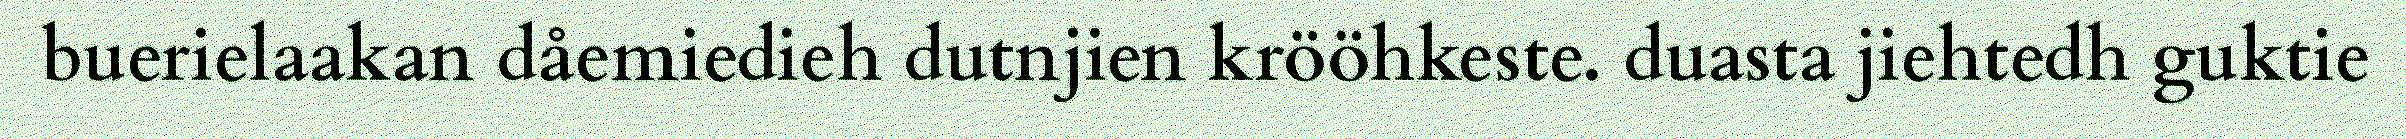
buerielaakan dåemiedieh dutnjien krööhkeste. duasta jiehtedh guktie